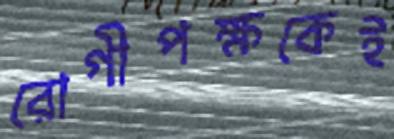
রোগীপক্ষকেই